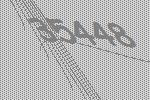
35448